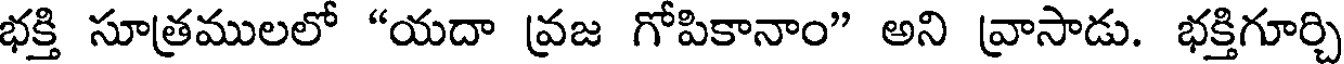
భక్తి సూత్రములలో "యదా వ్రజ గోపికానాం" అని వ్రాసాడు. భక్తిగూర్చి